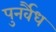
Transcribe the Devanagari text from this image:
पुनर्वैध